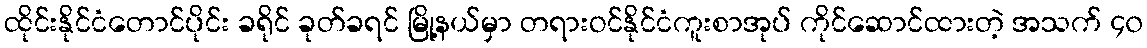
ထိုင်းနိုင်ငံတောင်ပိုင်း ခရိုင် ခုတ်ခရင် မြို့နယ်မှာ တရားဝင်နိုင်ငံကူးစာအုပ် ကိုင်ဆောင်ထားတဲ့ အသက် ၄၀